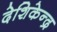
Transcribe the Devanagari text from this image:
देशिकेन्द्र